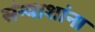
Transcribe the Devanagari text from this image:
संन्याशांना